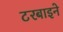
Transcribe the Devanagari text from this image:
टरबाइने